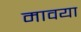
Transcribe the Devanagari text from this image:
मावया